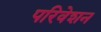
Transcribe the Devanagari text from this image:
परिवेशन